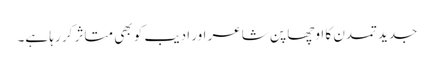
جدید تمدن کا اوچھا پن شاعر اور ادیب کو بھی متاثر کر رہا ہے۔